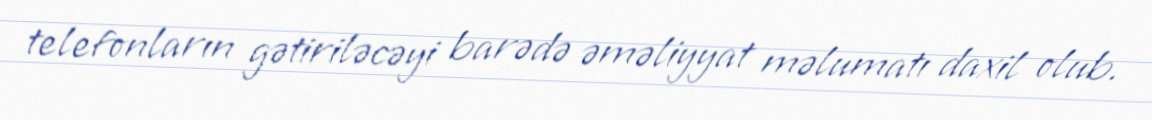
telefonların gətiriləcəyi barədə əməliyyat məlumatı daxil olub.